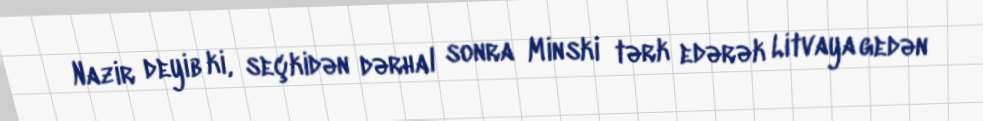
Nazir deyib ki, seçkidən dərhal sonra Minski tərk edərək Litvaya gedən